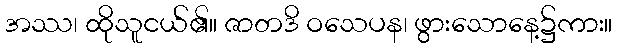
အဿ၊ ထိုသူငယ်၏။ ဇာတဒိ ဝသေပန၊ ဖွားသောနေ့၌ကား။